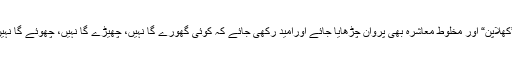
منافقانہ طرزِ عمل جو ہم نے آج اپنا رکھا ہے کہ فتنہ وفساد کے تمام اسباب مہیا کرادو اور پھر ”کھلاپن“ اور مخلوط معاشرہ بھی پروان چڑھایا جائے اورامید رکھی جائے کہ کوئی گھورے گا نہیں، چھیڑے گا نہیں، چھوئے گا نہیں، آنکھوں سے اشارہ بھی نہیں کرے گا، جسم سے بھی اشارہ نہیں کرے گا ، کیا ایسا ممکن ہے؟